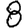
Digit: 8